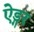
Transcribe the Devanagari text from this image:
ऐड्गर